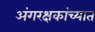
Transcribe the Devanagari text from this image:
अंगरक्षकांच्यात